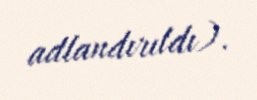
adlandırıldı).